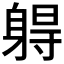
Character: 𰸾